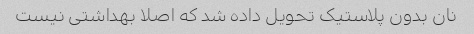
نان بدون پلاستیک تحویل داده شد که اصلا بهداشتی نیست